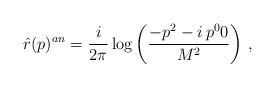
\begin{align*}\hat{r}(p)^{an}=\frac{i}{2\pi}\log\left( \frac{-p^2 - i\,p^{0} 0}{M^2}\right)\,,\end{align*}